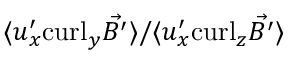
\langle { u } _ { x } ^ { \prime } \mathrm { c u r l } _ { y } \vec { B ^ { \prime } } \rangle / \langle { u } _ { x } ^ { \prime } \mathrm { c u r l } _ { z } \vec { B ^ { \prime } } \rangle